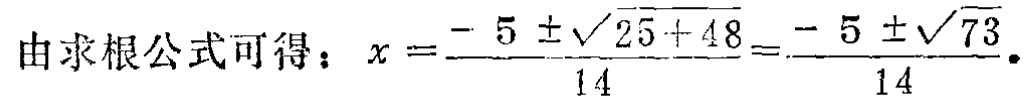
由求根公式可得：\(x = \frac{- 5 \pm\sqrt{25 + 48}}{14}=\frac{- 5 \pm\sqrt{73}}{14}\)。